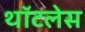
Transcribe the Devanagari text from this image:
थॉटलेस